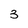
Character: 3